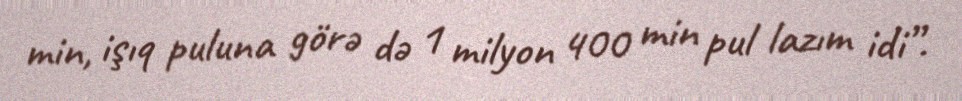
min, işıq puluna görə də 1 milyon 400 min pul lazım idi”.